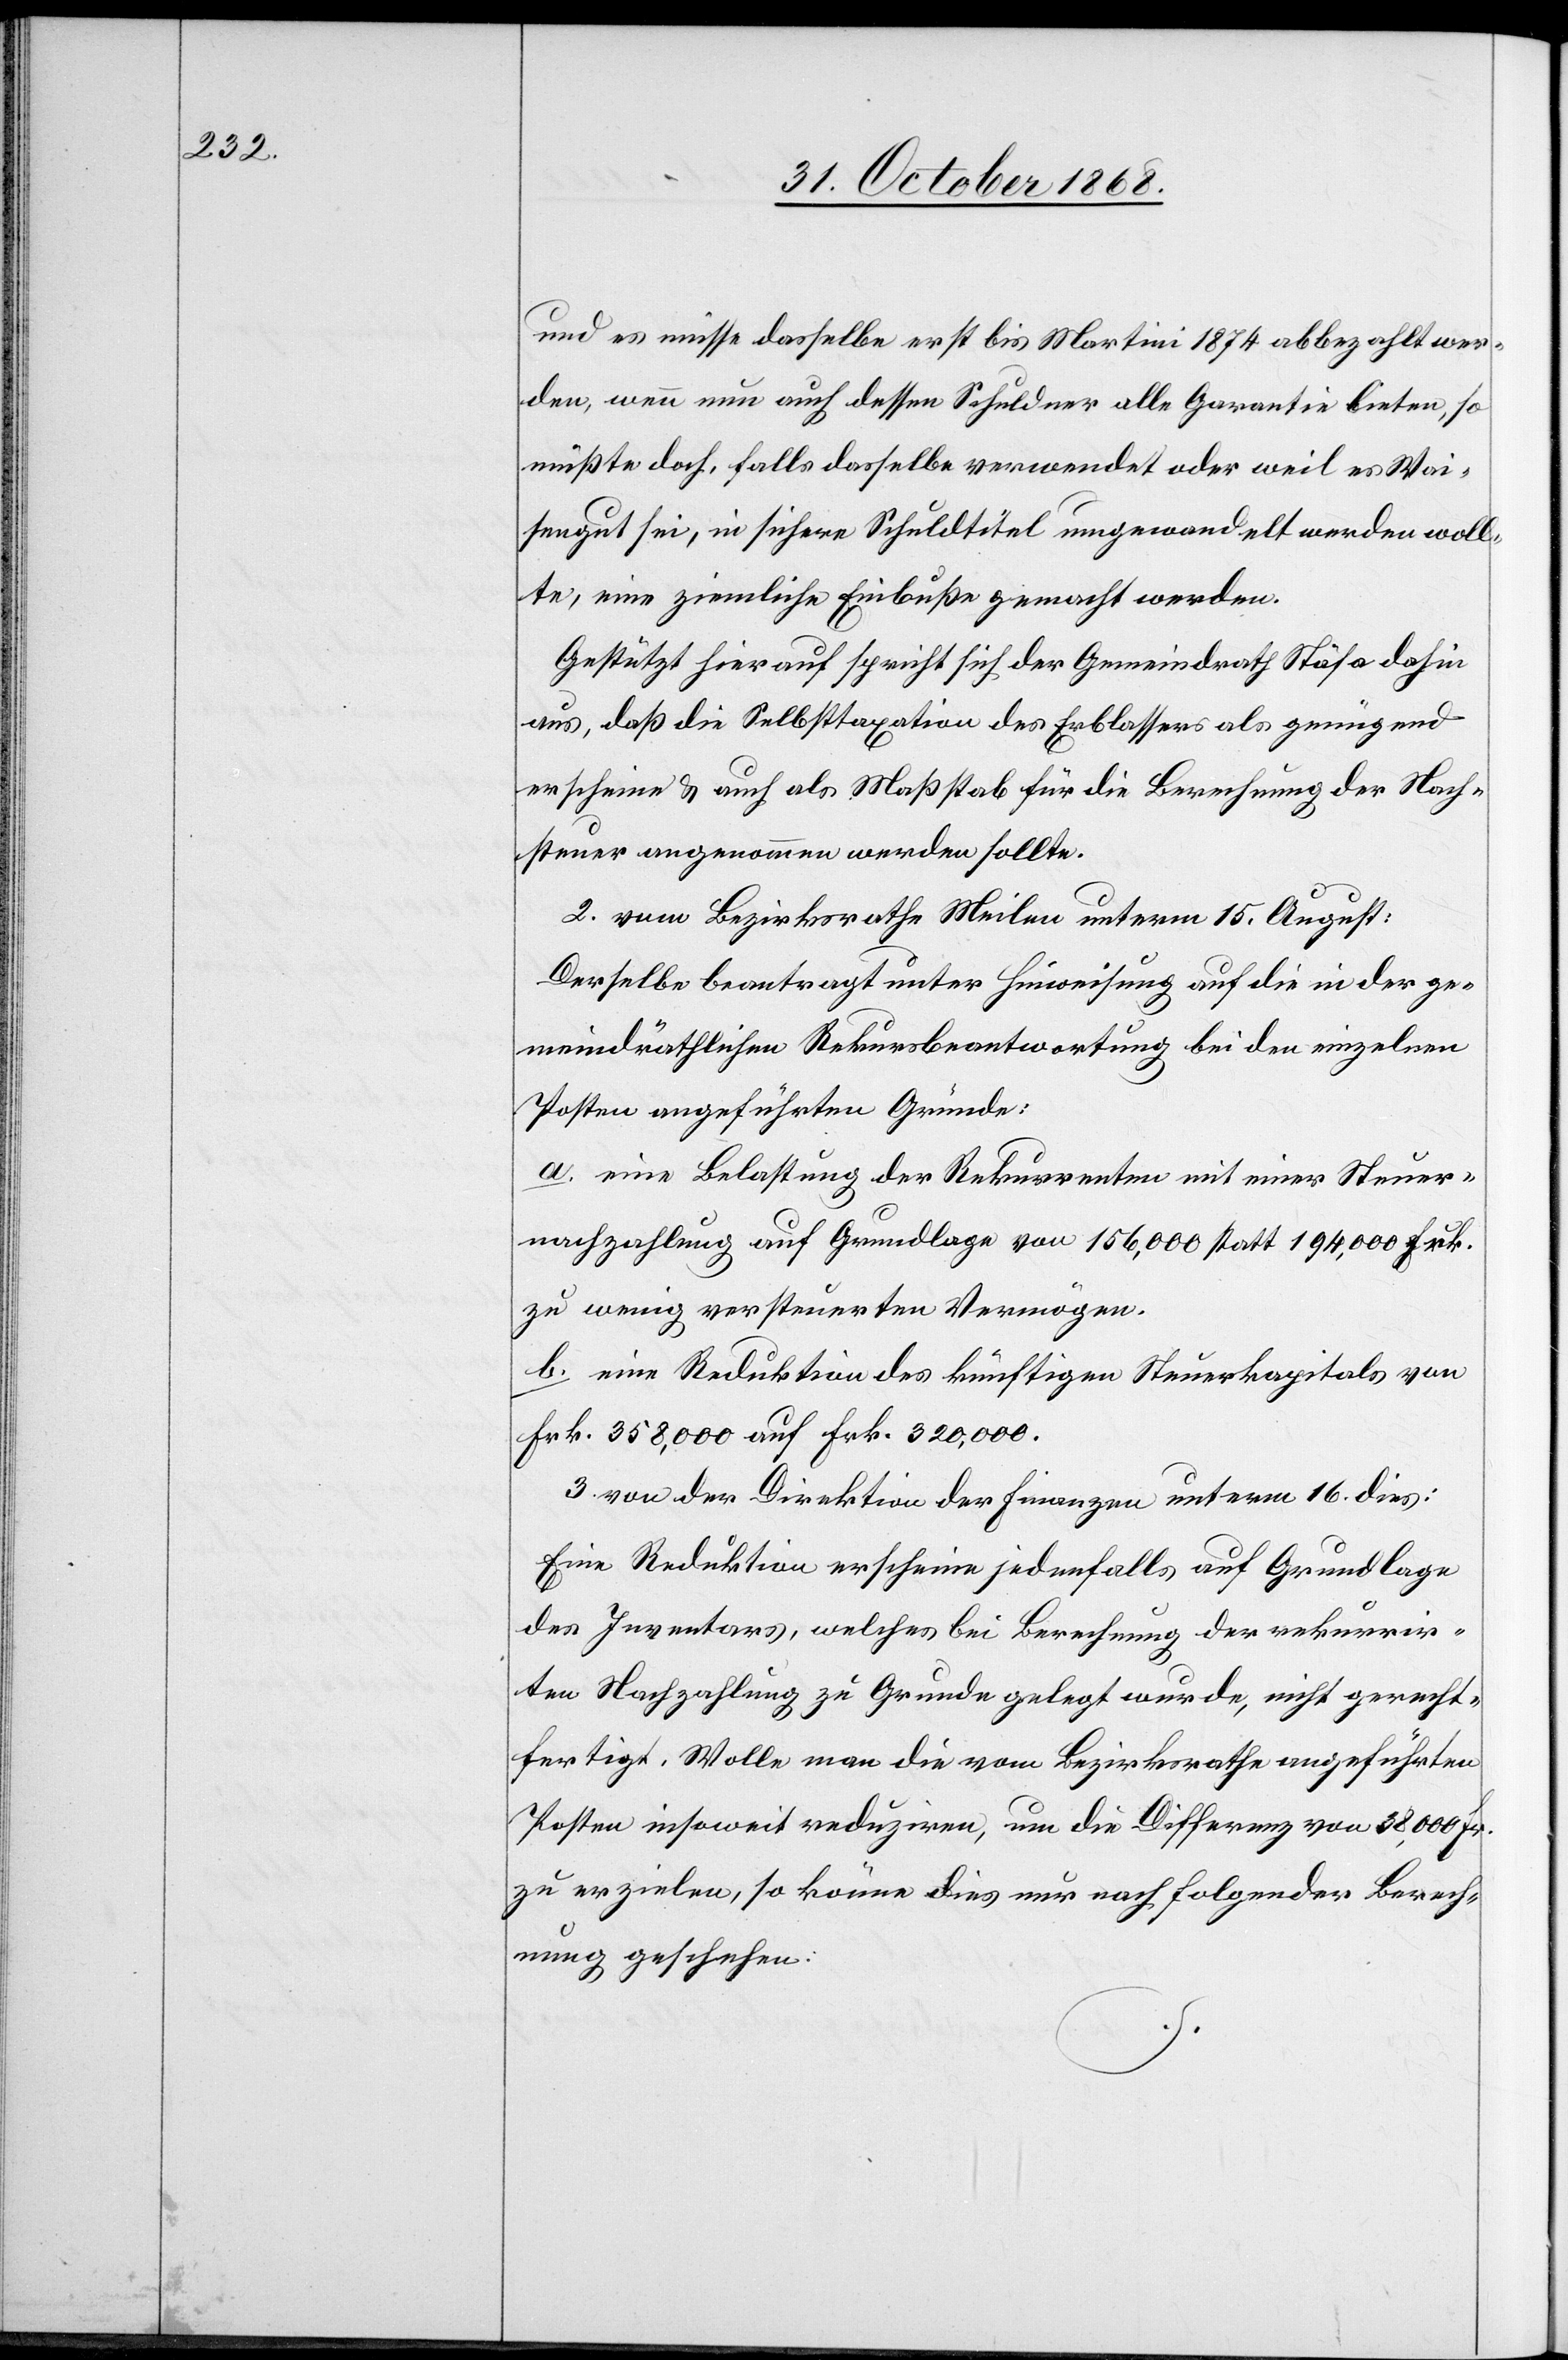
und es müsse dasselbe erst bis Martini 1874 abbezahlt wer¬
den, wenn nun auch dessen Schuldner alle Garantie bieten, so
müßte doch, falls dasselbe verwendet oder weil es Wai¬
sengut sei, in sichere Schuldtitel umgewandelt werden woll¬
te, eine ziemliche Einbuße gemacht werden.
Gestützt hierauf spricht sich der Gemeindrath Stäfa dahin
aus, daß die Selbsttaxation des Erblassers als genügend
erscheine & auch als Maßstab für die Berechnung der Nach¬
steuer angenommen werden sollte.
2. vom Bezirksrathe Meilen unterm 15. August:
Derselbe beantragt unter Hinweisung auf die in der ge¬
meindräthlichen Rekursbeantwortung bei den einzelnen
Posten angeführten Gründe:
a. eine Belastung der Rekurrenten mit einer Steuer¬
nachzahlung auf Grundlage von 156,000 statt 194,000 Frk.
zu wenig versteuerten Vermögen.
b. eine Reduktion des künftigen Steuerkapitals von
Frk. 358,000 auf Frk. 320,000.
3. von der Direktion der Finanzen unterm 16. dies:
Eine Reduktion erscheine jedenfalls auf Grundlage
des Inventars, welches bei Berechnung der rekurrir¬
ten Nachzahlung zu Grunde gelegt wurde, nicht gerecht¬
fertigt. Wolle man die vom Bezirksrathe angeführten
Posten insoweit reduziren, um die Differenz von 38,000 Fr.
zu erzielen, so könne dies nur nach folgender Berech¬
nung geschehen: